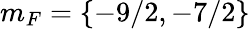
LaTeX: m_{F}=\{ -9/2,-7/2\}